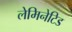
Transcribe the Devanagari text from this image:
लेमिनेटिड